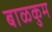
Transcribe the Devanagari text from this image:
बाळकुम